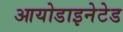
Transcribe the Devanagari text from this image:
आयोडाइनेटेड